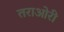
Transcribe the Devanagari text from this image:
तराओरी